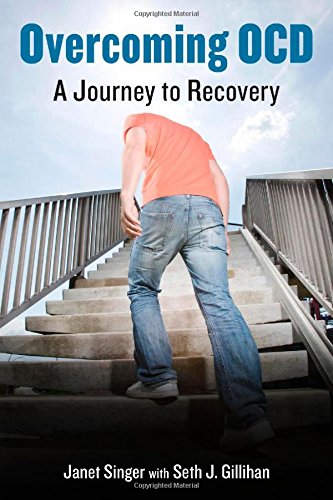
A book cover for Overcoming OCD: A Journey to Recovery; Janet Singer; Self-Help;